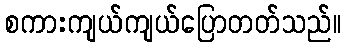
စကားကျယ်ကျယ်ပြောတတ်သည်။